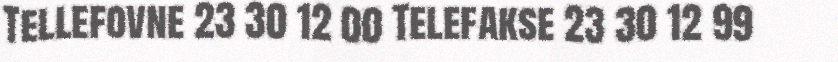
Tellefovne 23 30 12 00 Telefakse 23 30 12 99